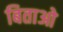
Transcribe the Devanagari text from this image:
बिताओ